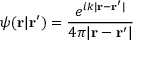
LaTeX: \psi ( \mathbf { r } | \mathbf { r } ^ { \prime } ) = { \frac { e ^ { i k | \mathbf { r } - \mathbf { r } ^ { \prime } | } } { 4 \pi | \mathbf { r } - \mathbf { r } ^ { \prime } | } }